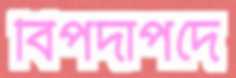
বিপদাপদে